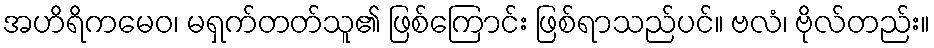
အဟိရိကမေဝ၊ မရှက်တတ်သူ၏ ဖြစ်ကြောင်း ဖြစ်ရာသည်ပင်။ ဗလံ၊ ဗိုလ်တည်း။